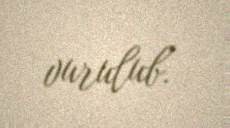
vurulub.